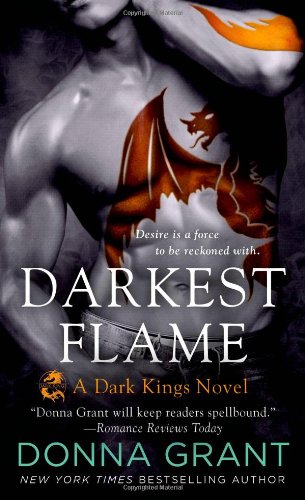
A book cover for Darkest Flame (Dark Kings); Donna Grant; Literature & Fiction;